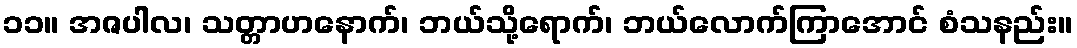
၁၁။ အဇပါလ၊ သတ္တာဟနောက်၊ ဘယ်သို့ရောက်၊ ဘယ်လောက်ကြာအောင် စံသနည်း။